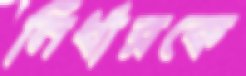
নির্ধারকে